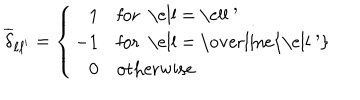
\overline { { { \delta } } } _ { \ell { \ell ^ { \prime } } } = \left\{ \begin{array} { r l } { { 1 } } & { { \mathrm { f o r ~ \ell ~ = ~ \ell ~ ^ { \prime } ~ } } } \\ { { - 1 } } & { { \mathrm { f o r ~ \ell ~ = ~ \overline { { { \ell ~ ^ { \prime } } } } ~ } } } \\ { { 0 } } & { { \mathrm { o t h e r w i s e } } } \\ \end{array} \right.